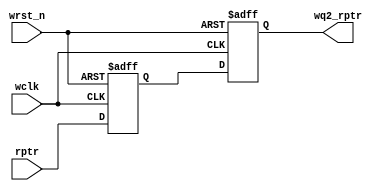
//synchronizer used to pass an n-bit pointer (rptr) from the read clock domain to the write clock domain (wq2_rptr)

module sync_r2w #(parameter ADDRSIZE = 4)
(output reg [ADDRSIZE:0] wq2_rptr,
 input      [ADDRSIZE:0] rptr,
 input                   wclk, wrst_n);
 
reg [ADDRSIZE:0] wq1_rptr;

always @(posedge wclk or negedge wrst_n)
 if (!wrst_n) 
  {wq2_rptr,wq1_rptr} <= 0;
 else 
  {wq2_rptr,wq1_rptr} <= {wq1_rptr,rptr};
endmodule